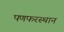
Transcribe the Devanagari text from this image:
पणफरस्थान